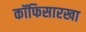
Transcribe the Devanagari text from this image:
कॉफिसारखा